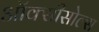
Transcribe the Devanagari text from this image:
ऑक्सीसोल्स